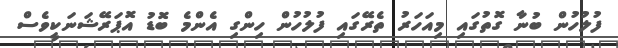
ފުލުހުން ބުނާ ގޮތުގައި މިއަހަރު ތެރޭގައި ފުލުހުން ހިންގި އެންމެ ބޮޑު އޮޕަރޭޝަނަކީވެސް